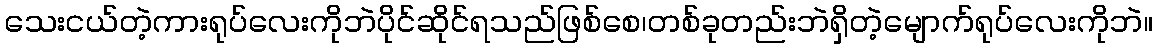
သေးငယ်တဲ့ကားရုပ်လေးကိုဘဲပိုင်ဆိုင်ရသည်ဖြစ်စေ၊တစ်ခုတည်းဘဲရှိတဲ့မျောက်ရုပ်လေးကိုဘဲ။